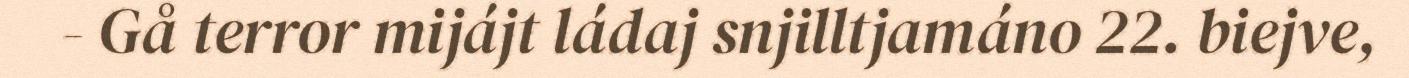
- Gå terror mijájt ládaj snjilltjamáno 22. biejve,